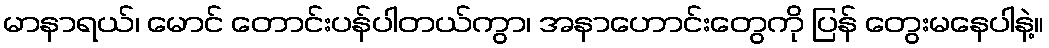
မာနာရယ်၊ မောင် တောင်းပန်ပါတယ်ကွာ၊ အနာဟောင်းတွေကို ပြန် တွေးမနေပါနဲ့။